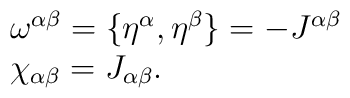
\begin{array}{l} \omega^{\alpha\beta}=\{\eta^\alpha , \eta^\beta\}=-J^{\alpha\beta} \\ \chi_{\alpha\beta}=J_{\alpha\beta}. \end{array}